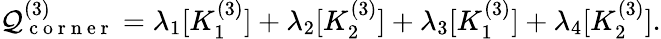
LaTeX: \mathcal{Q}_{\mathrm{{~c~o~r~n~e~r~}}}^{(3)}=\lambda_{1}[K_{1}^{(3)}]+\lambda_{2}[K_{2}^{(3)}]+\lambda_{3}[K_{1}^{(3)}]+\lambda_{4}[K_{2}^{(3)}].